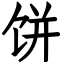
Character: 饼